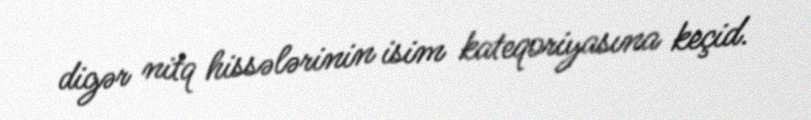
digər nitq hissələrinin isim kateqoriyasına keçid.